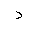
Letter: _dal